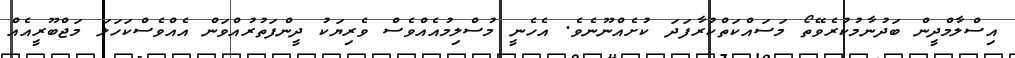
އިސްލާމްދީން ބަދުނާމުކުރެވޭތޯ މަސައްކަތްކުރާފަދަ ކުށެއްނޫނެވެ. އެހެނީ މުސްލިމުއެއްވެސް ވެރިޔަކު ދީންފަތުރުއްވަން އެއްވެސްކަހަލަ މަޖްބޫރީއެއް